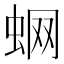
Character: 蛧